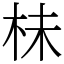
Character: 㭑